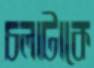
চলাটাকে